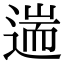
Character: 遄